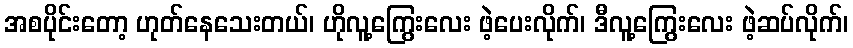
အစပိုင်းတော့ ဟုတ်နေသေးတယ်၊ ဟိုလူ့ကြွေးလေး ဖဲ့ပေးလိုက်၊ ဒီလူ့ကြွေးလေး ဖဲ့ဆပ်လိုက်၊